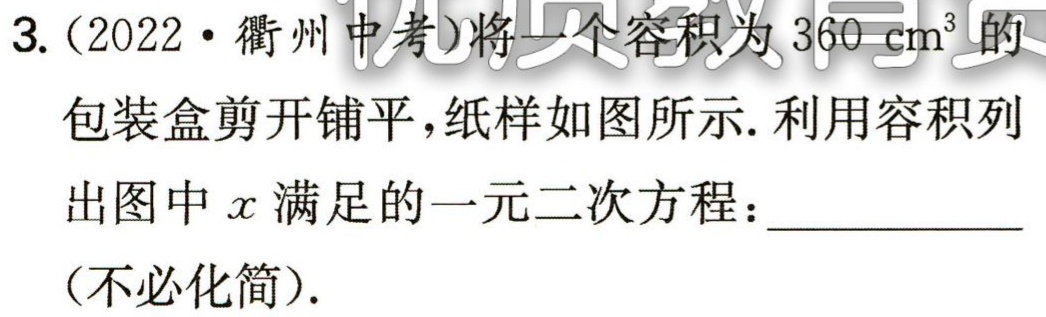
3. (2022·衢州中考)将一个容积为 \(360\mathrm{cm}^{3}\) 的
包装盒剪开铺平，纸样如图所示. 利用容积列
出图中 \(x\) 满足的一元二次方程：____________
(不必化简).